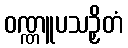
ဝဏ္ဏူပသဉှိတံ